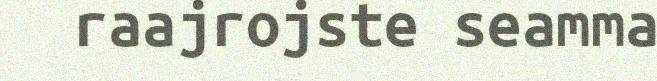
raajrojste seamma